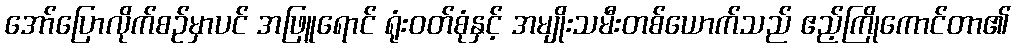
အော်ပြောလိုက်စဉ်မှာပင် အဖြူရောင် ရုံးဝတ်စုံနှင့် အမျိုးသမီးတစ်ယောက်သည် ဧည့်ကြိုကောင်တာ၏